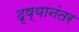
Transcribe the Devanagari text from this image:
दृष्यानंतर